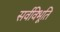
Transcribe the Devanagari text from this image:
सर्वविभूति